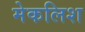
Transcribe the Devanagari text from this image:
मेकलिश